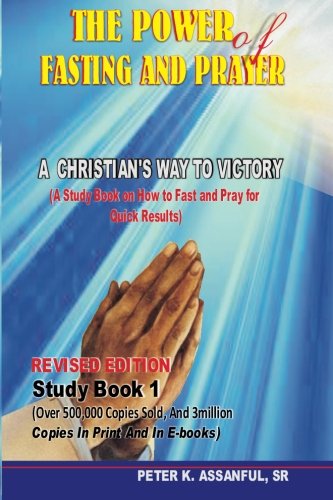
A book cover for The Power of Fasting and Prayer: A Christian's Way to Victory, Revised Edition; Peter K. Assanful Sr.; Religion & Spirituality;